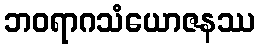
ဘဝရာဂသံယောဇနဿ